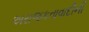
અરાજકતાવાદીની